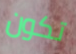
تكون